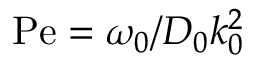
\mathrm { P e } = \omega _ { 0 } / D _ { 0 } k _ { 0 } ^ { 2 }